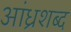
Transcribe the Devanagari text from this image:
आंध्रशब्द